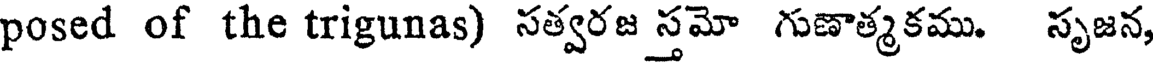
posed of the trigunas) సత్వరజ స్తమో గుణాత్మకము. సృజన,